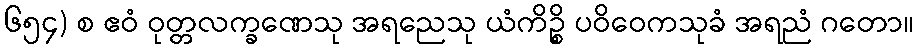
၆၅၄) စ ဧဝံ ဝုတ္တလက္ခဏေသု အရညေသု ယံကိဉ္စိ ပဝိဝေကသုခံ အရညံ ဂတော။